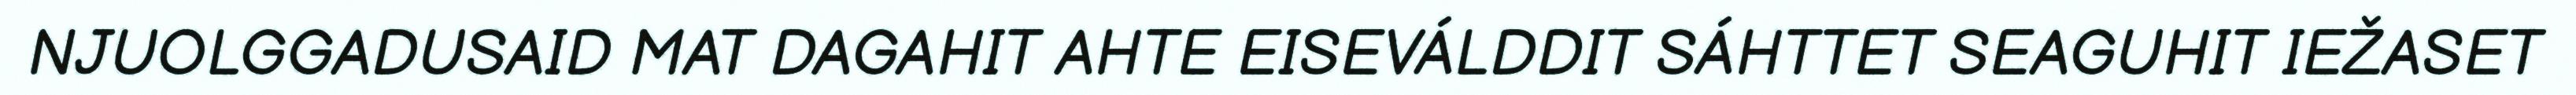
NJUOLGGADUSAID MAT DAGAHIT AHTE EISEVÁLDDIT SÁHTTET SEAGUHIT IEŽASET